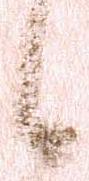
候